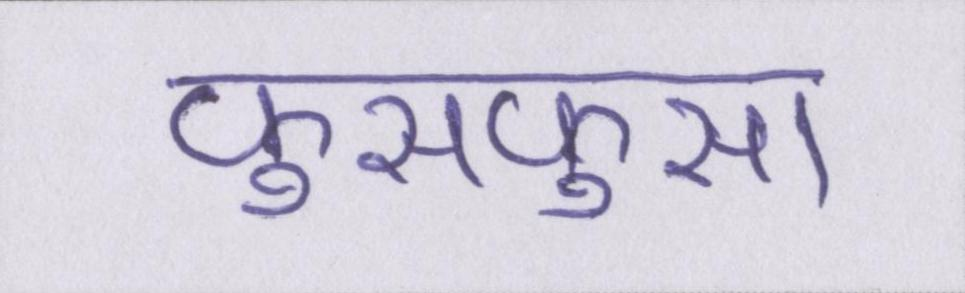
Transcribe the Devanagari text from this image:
फुसफुसा